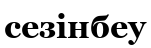
сезінбеу